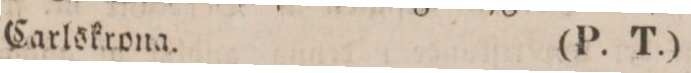
Carlskrona.    (P. T.)